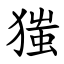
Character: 㺈